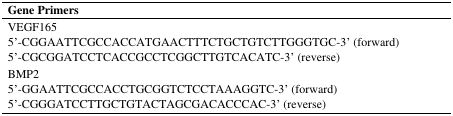
| Gene Primers |
 | --- |
 | VEGF165 |
 | 5′-CGGAATTCGCCACCATGAACTTTCTGCTGTCTTGGGTGC-3′ (forward) |
 | 5′-CGCGGATCCTCACCGCCTCGGCTTGTCACATC-3′ (reverse) |
 | BMP2 |
 | 5′-GGAATTCGCCACCTGCGGTCTCCTAAAGGTC-3′ (forward) |
 | 5′-CGGGATCCTTGCTGTACTAGCGACACCCAC-3′ (reverse) |